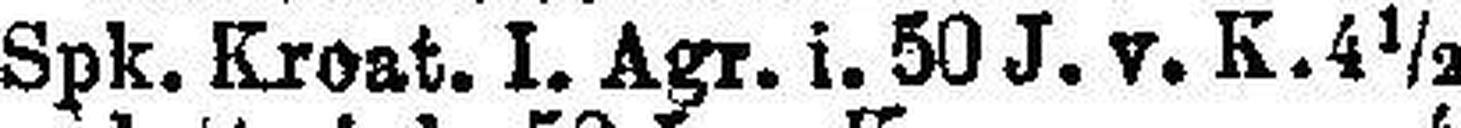
Spk. Kroat. I. Agr. i. 50 J. v. K. 4½